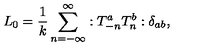
L _ { 0 } = \frac { 1 } { k } \sum _ { n = - \infty } ^ { \infty } : T _ { - n } ^ { a } T _ { n } ^ { b } : \delta _ { a b } ,